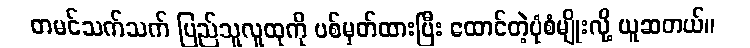
တမင်သက်သက် ပြည်သူလူထုကို ပစ်မှတ်ထားပြီး ထောင်တဲ့ပုံစံမျိုးလို့ ယူဆတယ်။